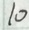
1 0